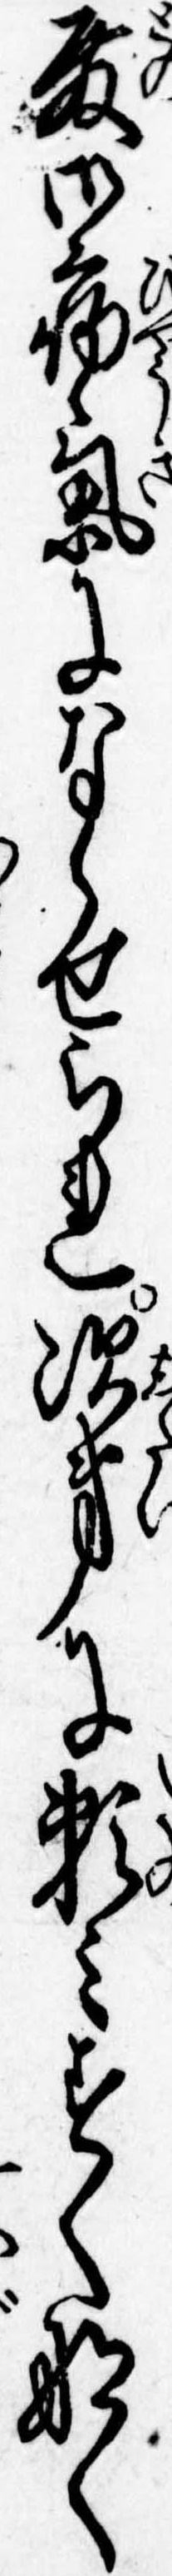
殿御病気にならせられ次第に頼みすくなく